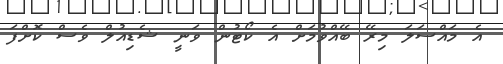
އެ މައްސަލަ މިރޭ ބޭއްވުމަށް އެ ކޯޓުން ވަނީ ޝެޑިއުލް ވެސް ކޮށްފަ